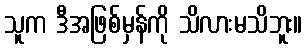
သူက ဒီအဖြစ်မှန်ကို သိလားမသိဘူး။